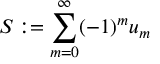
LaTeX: S : = \sum _ { m = 0 } ^ { \infty } ( - 1 ) ^ { m } u _ { m }